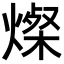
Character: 𬋁